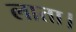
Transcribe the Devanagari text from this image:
लाता।